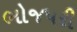
ભોજપરી